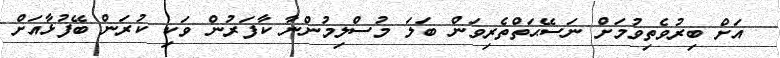
އަށް ބިރުވެތިވުމަށް ނަސޭޙަތްތެރިވަން ބަލަ މުސްލިމުންނާ ކާފަރުން ވަކި ކުރަން ބޭފުޅާއަށް